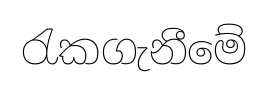
රැකගැනීමේ